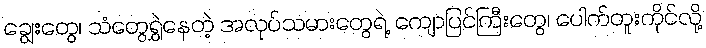
ချွေးတွေ၊ သံတွေရွှဲနေတဲ့ အလုပ်သမားတွေရဲ့ ကျောပြင်ကြီးတွေ၊ ပေါက်တူးကိုင်လို့